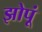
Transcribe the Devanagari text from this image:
झोपूं